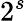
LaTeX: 2^{s}